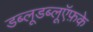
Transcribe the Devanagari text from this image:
डब्लूडब्लूऍफ़के